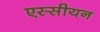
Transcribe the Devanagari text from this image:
एस्सीयन